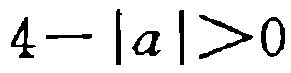
\(4 - |a| > 0\)